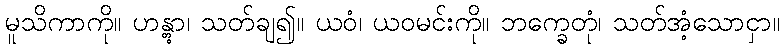
မူသိကာကို။ ဟန္တွာ၊ သတ်ချ၍။ ယဝံ၊ ယဝမင်းကို။ ဘက္ခေတုံ၊ သတ်အံ့သောငှာ။